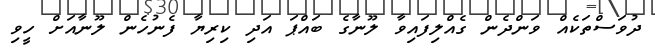
ދުވަސްތަކެއް ވަންދެން ގެއްލިފައިވާ ލޫނާގެ ބައްޕަ އަދި ކިރިޔާ ފެނުހެން ލޫނާއަށް ހީވި